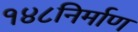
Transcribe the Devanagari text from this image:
१४८निर्माण